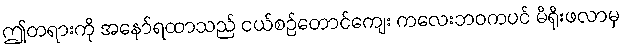
ဤတရားကို အနော်ရထာသည် ငယ်စဉ်တောင်ကျေး ကလေးဘဝကပင် မိရိုးဖလာမှ